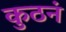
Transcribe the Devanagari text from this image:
कुठनं